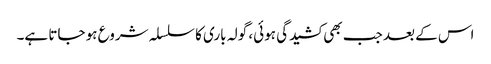
اس کے بعد جب بھی کشیدگی ہوئی، گولہ باری کا سلسلہ شروع ہو جاتا ہے۔